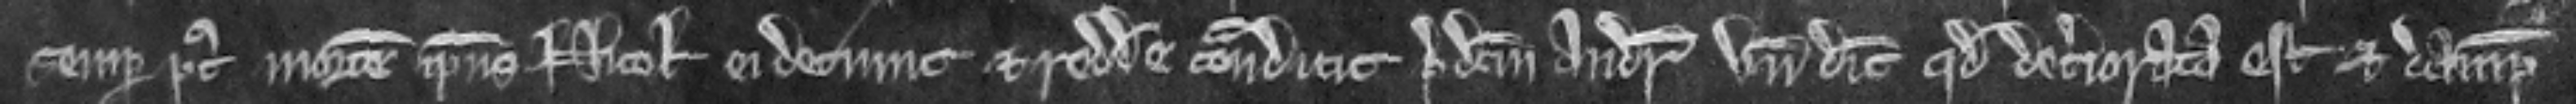
semper post mortem ipsius Nicolai ei detinuit et reddere contradicit predictum Andream unde dicit quod deteriorata est et dampna